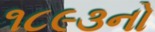
૧૮૯૩નો